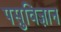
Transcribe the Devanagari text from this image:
पसुविज्ञान